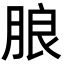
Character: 朖